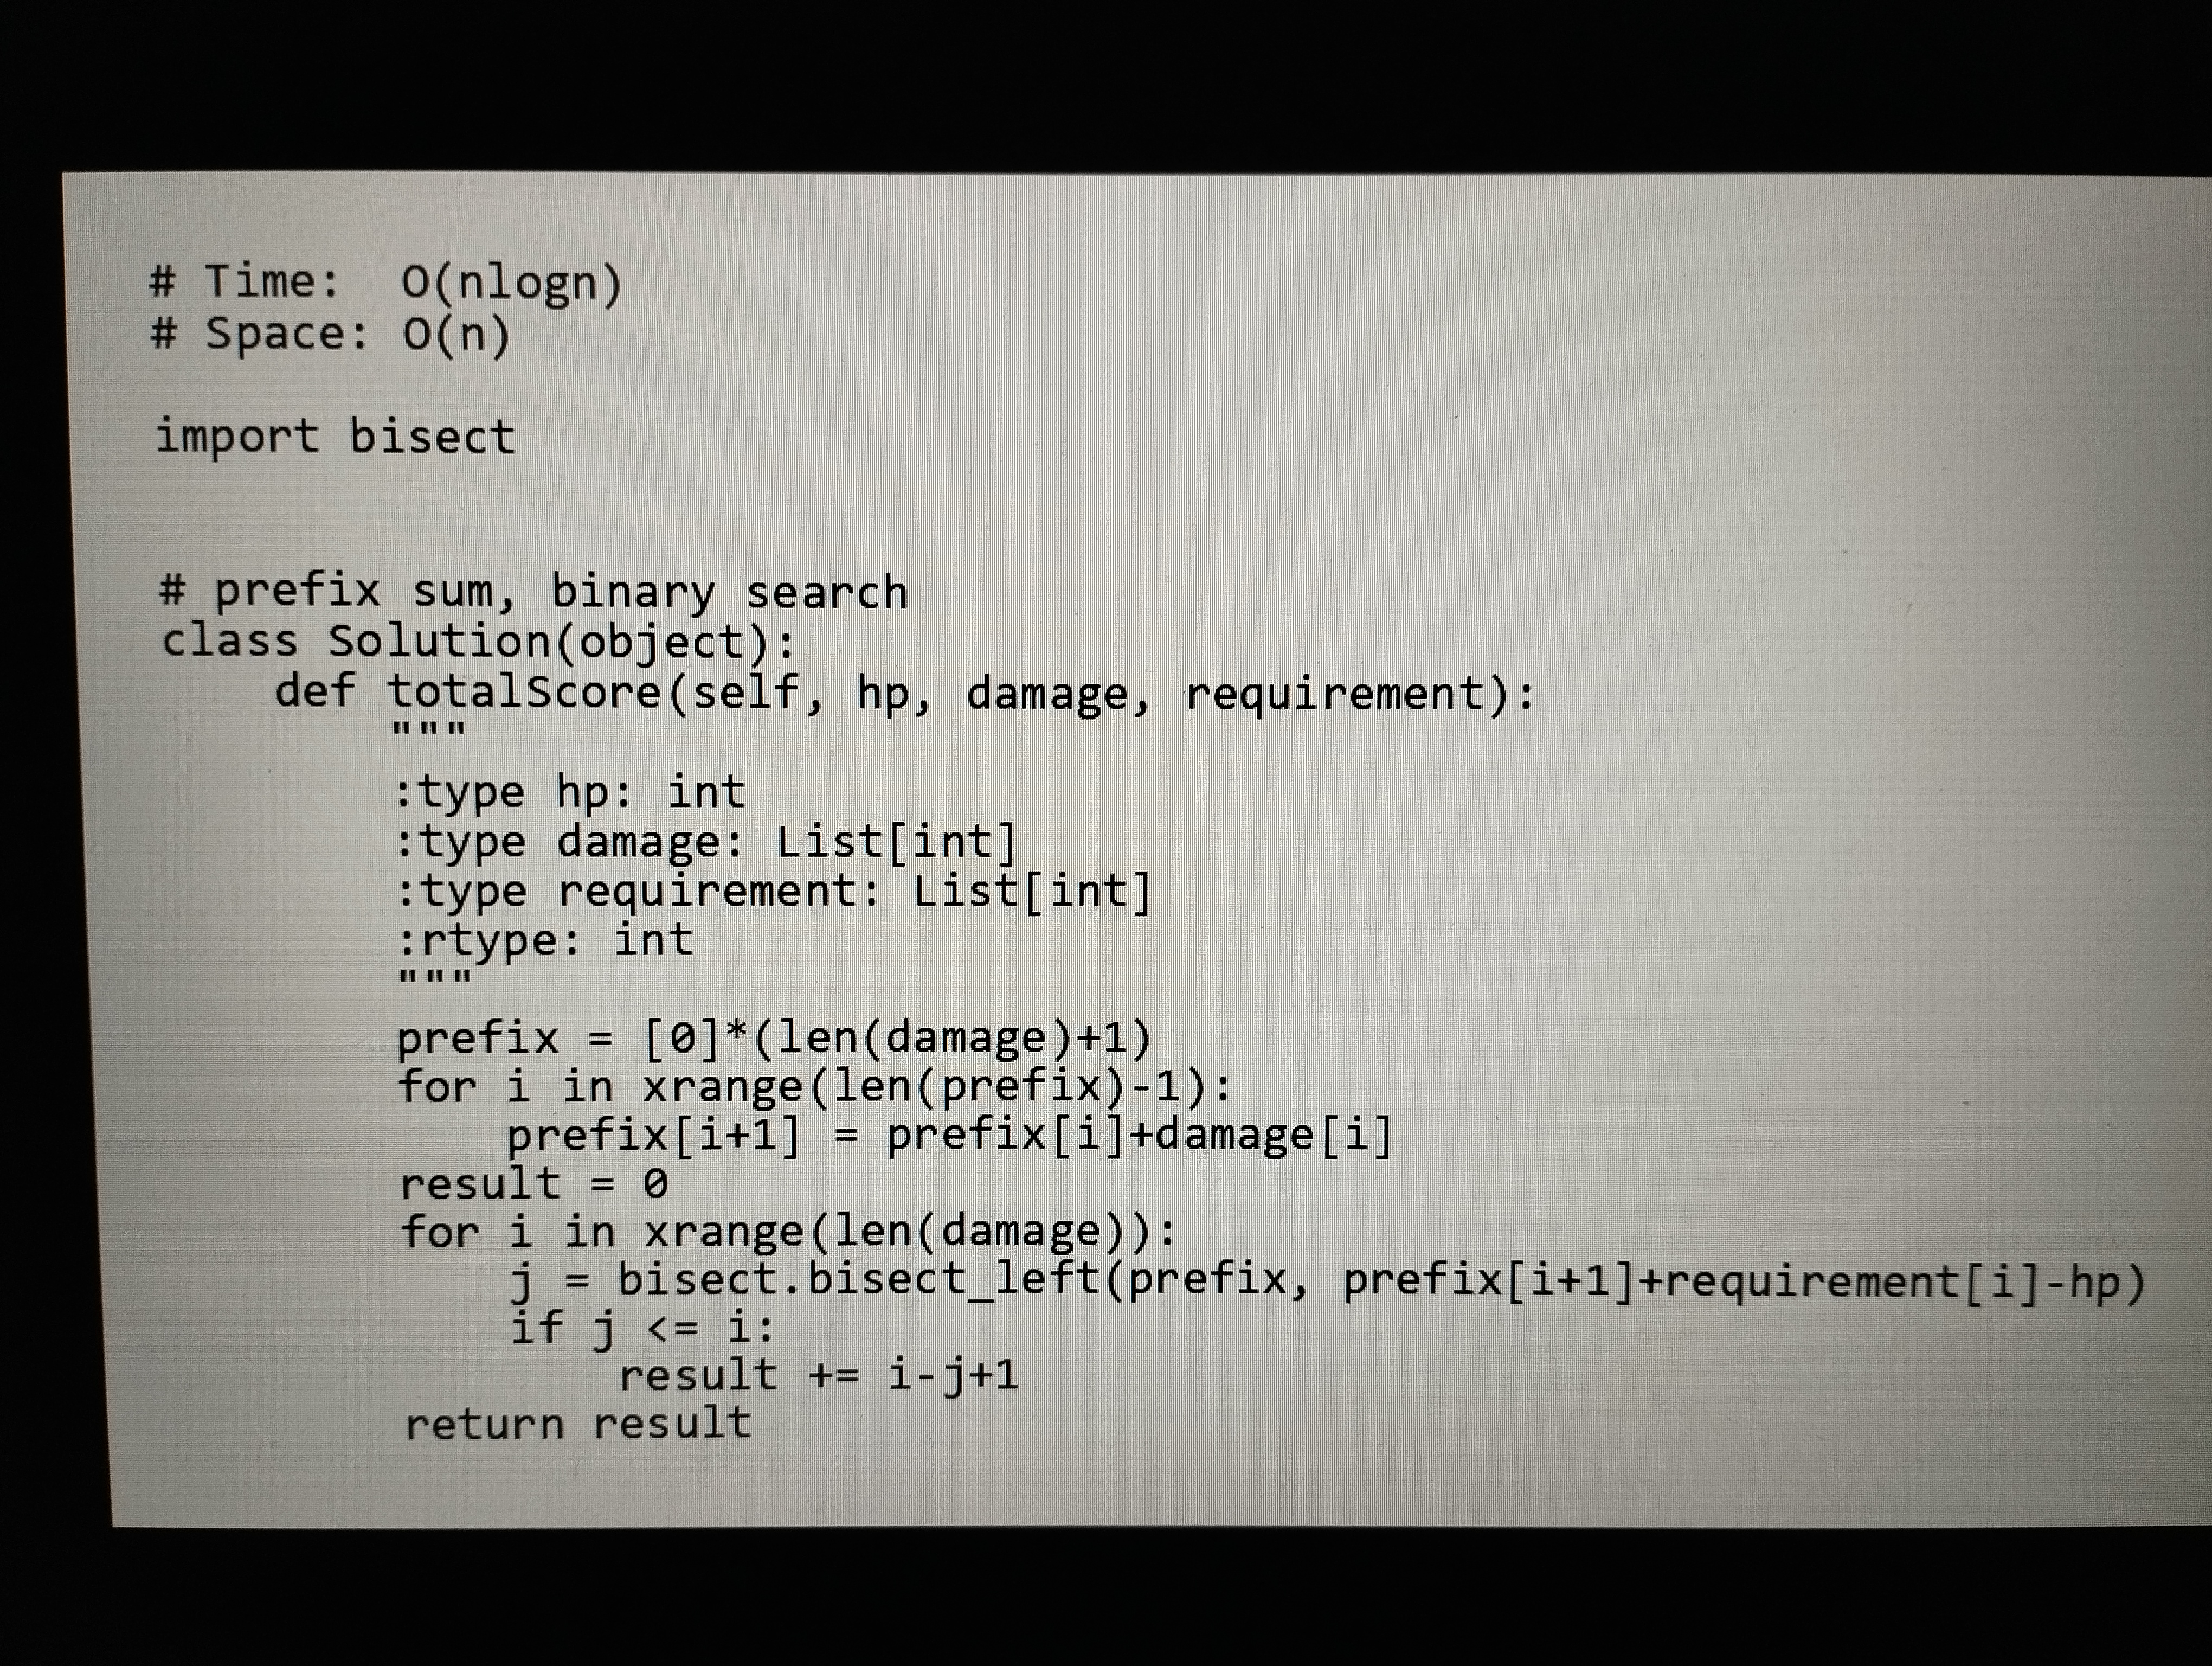
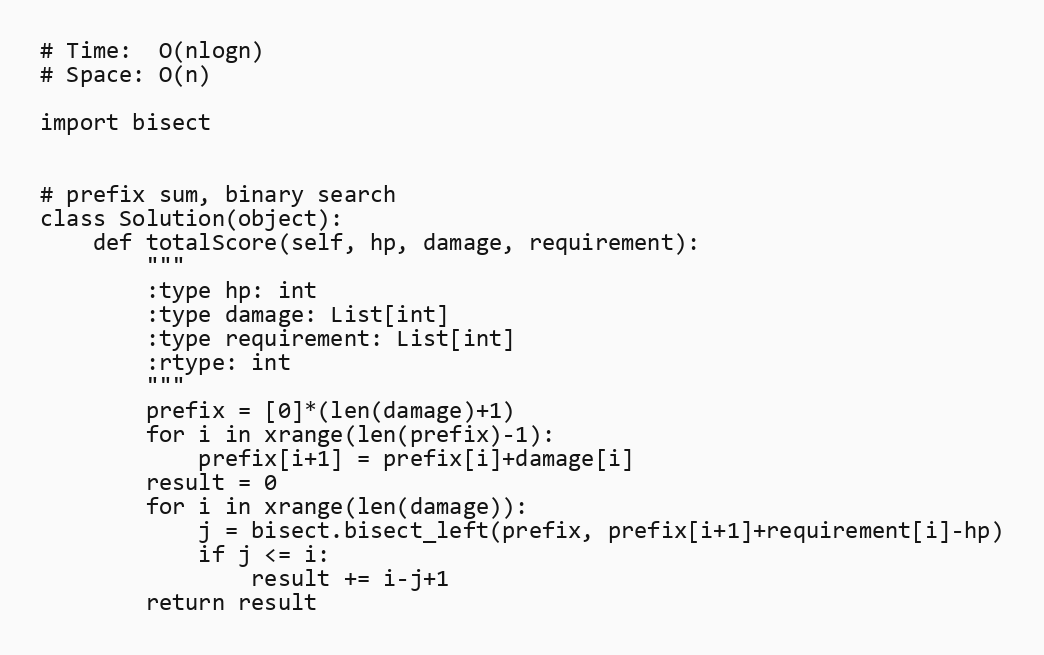
# Time:  O(nlogn)
# Space: O(n)

import bisect

# prefix sum, binary search
class Solution(object):
    def totalScore(self, hp, damage, requirement):
        """
        :type hp: int
        :type damage: List[int]
        :type requirement: List[int]
        :rtype: int
        """
        prefix = [0]*(len(damage)+1)
        for i in xrange(len(prefix)-1):
            prefix[i+1] = prefix[i]+damage[i]
        result = 0
        for i in xrange(len(damage)):
            j = bisect.bisect_left(prefix, prefix[i+1]+requirement[i]-hp)
            if j <= i:
                result += i-j+1
        return result